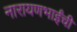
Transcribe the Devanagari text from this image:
नारायणभाईंची